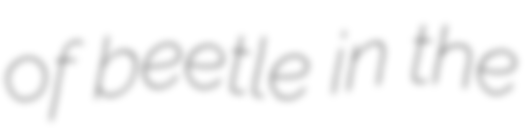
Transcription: of beetle in the